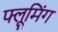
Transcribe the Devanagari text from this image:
फ्लूमिंग